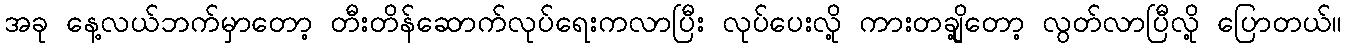
အခု နေ့လယ်ဘက်မှာတော့ တီးတိန်ဆောက်လုပ်ရေးကလာပြီး လုပ်ပေးလို့ ကားတချို့တော့ လွတ်လာပြီလို့ ပြောတယ်။